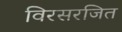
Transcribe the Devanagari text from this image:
विरसरजित